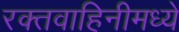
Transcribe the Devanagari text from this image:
रक्तवाहिनीमध्ये